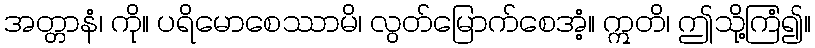
အတ္တာနံ၊ ကို။ ပရိမောစေဿာမိ၊ လွတ်မြောက်စေအံ့။ ဣတိ၊ ဤသို့ကြံ၍။